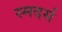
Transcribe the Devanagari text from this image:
स्मदर्स